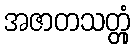
အဇာတသတ္တုံ